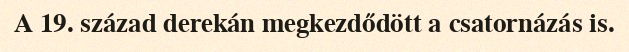
A 19. század derekán megkezdődött a csatornázás is.